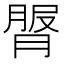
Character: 𦟓